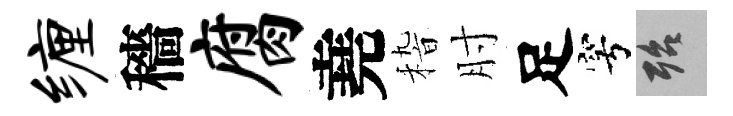
缠穡腐堯𥟵肘足穹殆